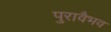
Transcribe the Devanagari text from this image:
पुरावैभव